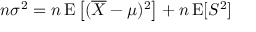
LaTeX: n \sigma ^ { 2 } = n \operatorname { E } \left[ ( { \overline { { X } } } - \mu ) ^ { 2 } \right] + n \operatorname { E } [ S ^ { 2 } ]